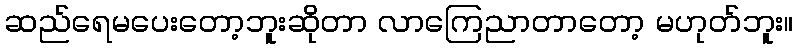
ဆည်ရေမပေးတော့ဘူးဆိုတာ လာကြေညာတာတော့ မဟုတ်ဘူး။